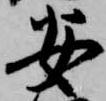
安